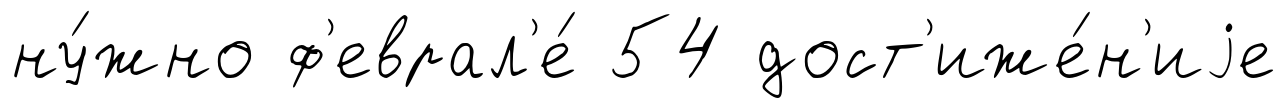
ну́жно ф'еврал'е́ 54 дост'иже́н'иjе